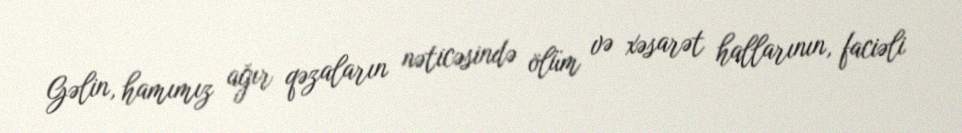
Gəlin, hamımız ağır qəzaların nəticəsində ölüm və xəsarət hallarının, faciəli